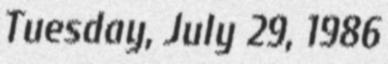
Tuesday, July 29, 1986